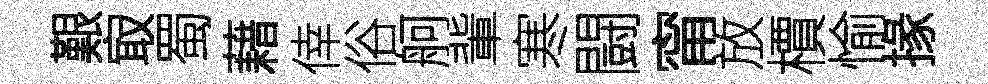
艱㝡蜀藉倖俗舸軰寒闘甯放檟愉掾